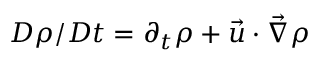
D \rho / D t = \partial _ { t } \rho + \vec { u } \cdot \vec { \nabla } \rho